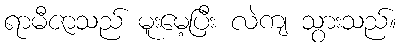
ရာမီဇာသည် မူးမေ့ပြီး လဲကျ သွားသည်။